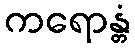
ကရောန္တံ